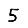
Digit: 5